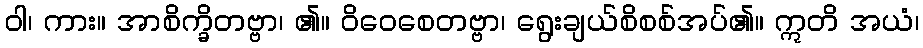
ဝါ၊ ကား။ အာစိက္ခိတဗ္ဗာ၊ ၏။ ဝိဝေစေတဗ္ဗာ၊ ရွေးချယ်စိစစ်အပ်၏။ ဣတိ အယံ၊